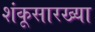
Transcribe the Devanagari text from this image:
शंकूसारख्या